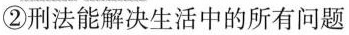
②刑法能解决生活中的所有问题